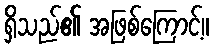
ရှိသည်၏ အဖြစ်ကြောင့်။